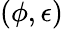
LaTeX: (\phi,\epsilon)